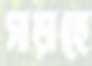
মাড়াচ্ছে